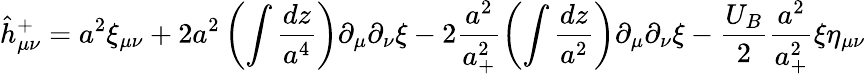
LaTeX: \hat{h}_{\mu\nu}^{+}=a^{2}\xi_{\mu\nu}+2a^{2}\left(\int\frac{dz}{a^{4}}\right)\partial_{\mu}\partial_{\nu}\xi-2\frac{a^{2}}{a_{+}^{2}}\left(\int\frac{dz}{a^{2}}\right)\partial_{\mu}\partial_{\nu}\xi-\frac{U_{B}}{2}\frac{a^{2}}{a_{+}^{2}}\xi\eta_{\mu\nu}